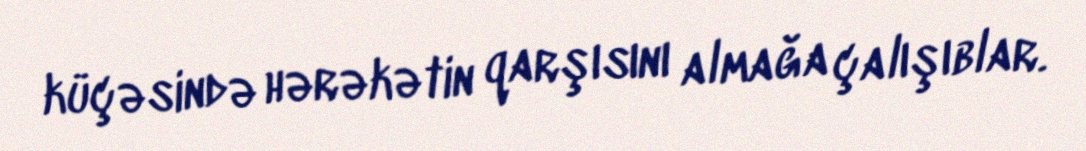
küçəsində hərəkətin qarşısını almağa çalışıblar.